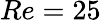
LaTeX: Re=25